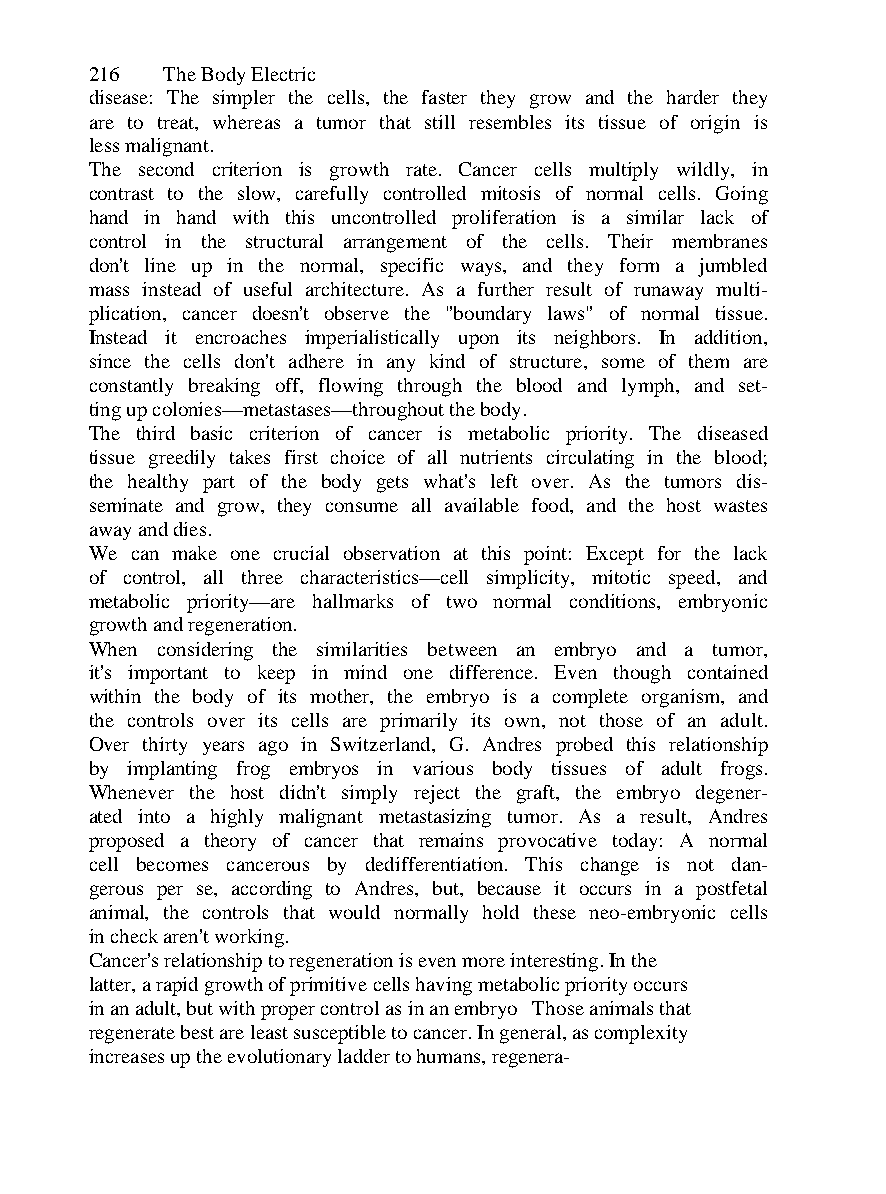
216  The Body Electric
 disease: The simpler the cells, the faster they grow and the harder they
 are to treat, whereas a tumor that still resembles its tissue of origin is
 less malignant.
 The second criterion is growth rate. Cancer cells multiply wildly, in
 contrast to the slow, carefully controlled mitosis of normal cells. Going
 hand in hand with this uncontrolled proliferation is a similar lack of
 control in the structural arrangement of the cells. Their membranes
 don't line up in the normal, specific ways, and they form a jumbled
 mass instead of useful architecture. As a further result of runaway multi-
 plication, cancer doesn't observe the "boundary laws" of normal tissue.
 Instead it encroaches imperialistically upon its neighbors. In addition,
 since the cells don't adhere in any kind of structure, some of them are
 constantly breaking off, flowing through the blood and lymph, and set-
 ting up colonies—metastases—throughout the body.
 The third basic criterion of cancer is metabolic priority. The diseased
 tissue greedily takes first choice of all nutrients circulating in the blood;
 the healthy part of the body gets what's left over. As the tumors dis-
 seminate and grow, they consume all available food, and the host wastes
 away and dies.
 We can make one crucial observation at this point: Except for the lack
 of control, all three characteristics—cell simplicity, mitotic speed, and
 metabolic priority—are hallmarks of two normal conditions, embryonic
 growth and regeneration.
 When considering the similarities between an embryo and a tumor,
 it's important to keep in mind one difference. Even though contained
 within the body of its mother, the embryo is a complete organism, and
 the controls over its cells are primarily its own, not those of an adult.
 Over thirty years ago in Switzerland, G. Andres probed this relationship
 by implanting frog embryos in various body tissues of adult frogs.
 Whenever the host didn't simply reject the graft, the embryo degener-
 ated into a highly malignant metastasizing tumor. As a result, Andres
 proposed a theory of cancer that remains provocative today: A normal
 cell becomes cancerous by dedifferentiation. This change is not dan-
 gerous per se, according to Andres, but, because it occurs in a postfetal
 animal, the controls that would normally hold these neo-embryonic cells
 in check aren't working.
 Cancer's relationship to regeneration is even more interesting. In the
 latter, a rapid growth of primitive cells having metabolic priority occurs
 in an adult, but with proper control as in an embryo Those animals that
 regenerate best are least susceptible to cancer. In general, as complexity
 increases up the evolutionary ladder to humans, regenera-